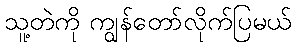
သူ့တဲကို ကျွန်တော်လိုက်ပြမယ်